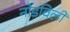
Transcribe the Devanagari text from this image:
नोडविली